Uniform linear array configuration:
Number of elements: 24
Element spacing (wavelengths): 0.75
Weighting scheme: exponential
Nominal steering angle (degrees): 0
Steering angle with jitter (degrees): -0.388
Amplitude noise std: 0.05
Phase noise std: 0.05

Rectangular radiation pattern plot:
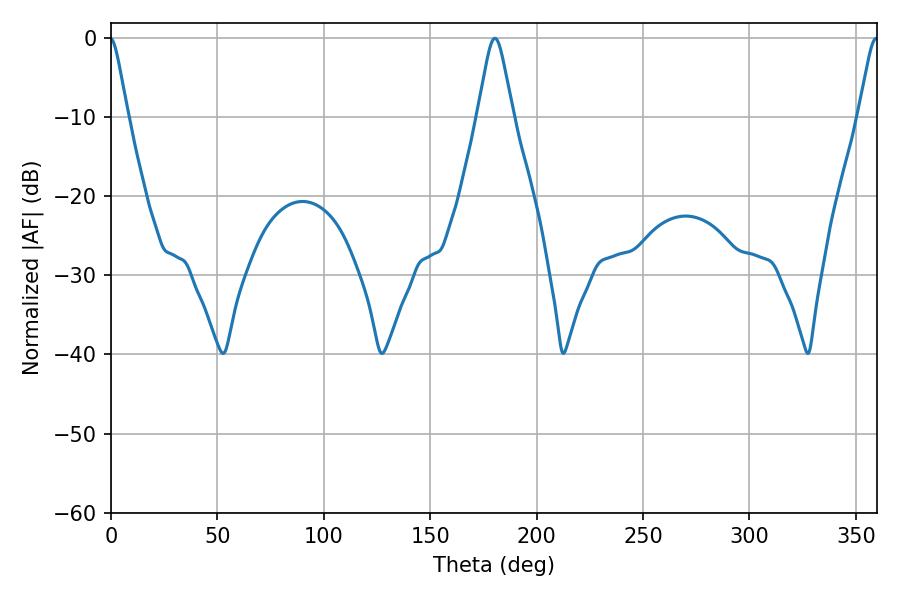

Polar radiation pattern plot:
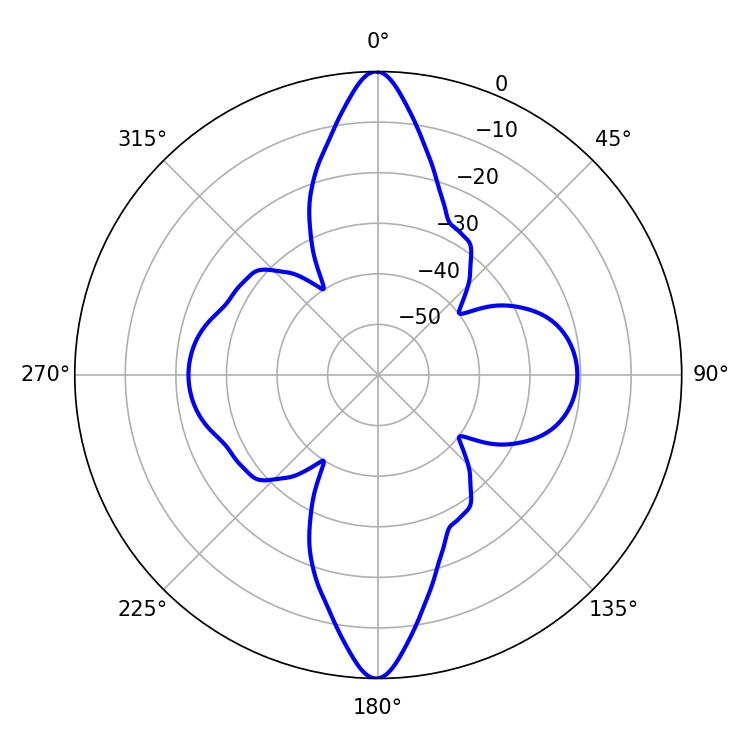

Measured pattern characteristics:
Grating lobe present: TRUE
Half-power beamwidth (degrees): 7.74
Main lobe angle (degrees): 180.36